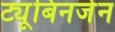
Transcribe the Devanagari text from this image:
ट्यूबिनजेन